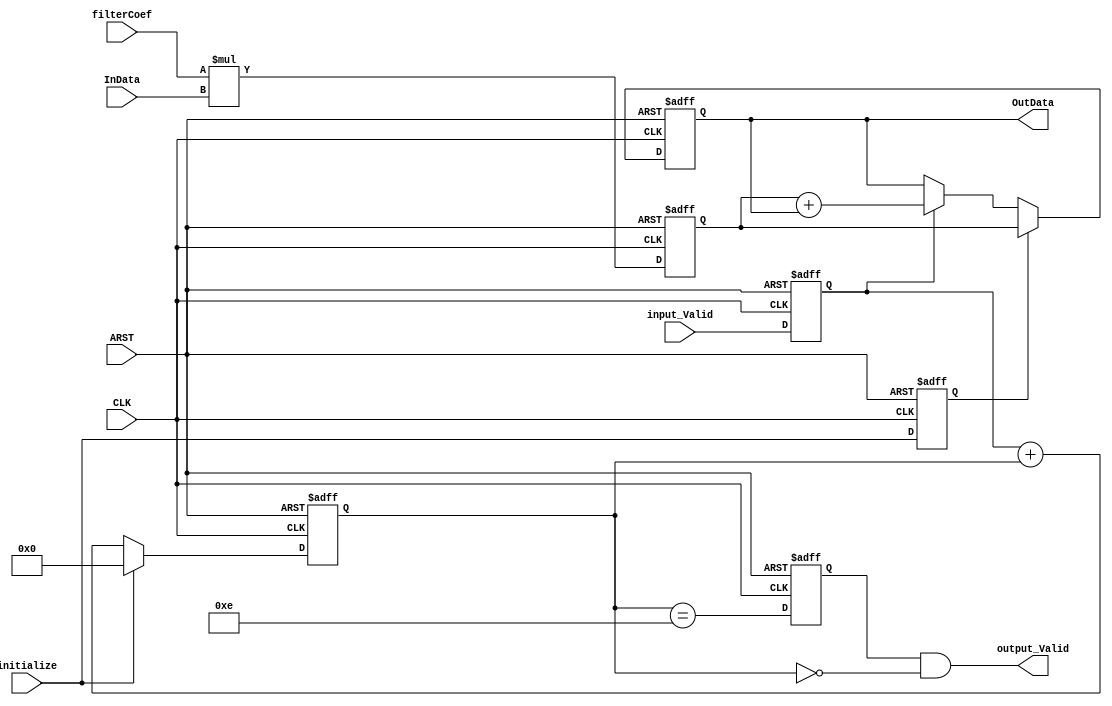
module MAC1
  (
   CLK             ,   
   ARST            ,   
   filterCoef      ,   
   InData          ,   
   input_Valid     ,   
   initialize      ,   
   OutData         ,   
   output_Valid        
   );
   parameter IWIDTH    = 16;   
   parameter OWIDTH    = 32;   
   parameter AWIDTH    = 32;   
   parameter NTAPS     = 15;   
   parameter NTAPSr    = 15;   
   parameter CNTWIDTH  = 4 ;   
   parameter NMULT     = 1 ;   
   input                               CLK                     ;  
   input                               ARST                    ;
   input                               input_Valid             ;
   input                               initialize              ;
   input   signed [(IWIDTH-1):0]       InData, filterCoef      ;
   output  signed [(OWIDTH-1):0]       OutData                 ;
   output                              output_Valid            ;
   reg     signed [(AWIDTH-1):0]       mult, accum             ;
   reg                                 input_Valid0            ;
   reg                                 initialize1             ;
   reg                                 output_Valid_1          ;
   wire                                output_Valid            ;
   reg            [CNTWIDTH-1:0]       count                   ;
   wire    signed [(AWIDTH-1):0]       accum_tmp               ;
   wire           [CNTWIDTH-1:0]       taps                    ;
   assign  taps = (NTAPS == NTAPSr) ? 0: (NTAPS - NTAPS + NTAPSr) ;
   always @(posedge CLK or posedge ARST)
     if (ARST)     input_Valid0 <=  1'b0 ;
     else          input_Valid0 <=  input_Valid ;
   always @(posedge CLK or posedge ARST)
     if (ARST)     initialize1 <=  1'b0 ;
     else          initialize1 <=  initialize ;
   always @(posedge CLK or posedge ARST)
     if (ARST)     mult[(AWIDTH-1):0] <=  {(AWIDTH-1){1'b0}} ;
     else          mult[(AWIDTH-1):0] <=  filterCoef*InData  ;
   assign  accum_tmp[(AWIDTH-1):0] =   mult[(AWIDTH-1):0] + accum[(AWIDTH-1):0];
   always @(posedge CLK or posedge ARST)
     if (ARST)     accum[(OWIDTH-1):0] <=  {(OWIDTH){1'b0}} ;
     else          accum[(OWIDTH-1):0] <= (initialize1) ?
                                          mult[(AWIDTH-1):0] :
                                          (input_Valid0 ? accum_tmp[(AWIDTH-1):0]
                                           : accum[(AWIDTH-1):0]) ;
   always @ (posedge CLK or posedge ARST)
     if (ARST)     count[CNTWIDTH-1:0] <=  {(CNTWIDTH){1'b0}}  ;
     else          count[CNTWIDTH-1:0] <= initialize ?
                                          0 :
                                          input_Valid0 + count[CNTWIDTH-1:0] ;
   always @(posedge CLK or posedge ARST)
     if (ARST)     output_Valid_1 <=  1'b0 ;
     else          output_Valid_1 <=  (count[CNTWIDTH-1:0]==(NTAPSr-1+NMULT-1))   ;
   assign  output_Valid            = output_Valid_1 & (count[CNTWIDTH-1:0]==taps) ;
   assign  OutData[(OWIDTH-1):0]   = accum[(OWIDTH-1):0]                          ;
endmodule